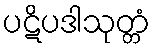
ပဋိပဒါသုတ္တံ